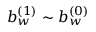
b _ { w } ^ { ( 1 ) } \sim b _ { w } ^ { ( 0 ) }